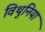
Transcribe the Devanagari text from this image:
विथुनिया